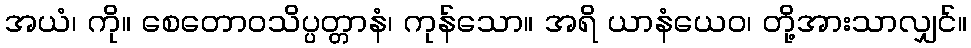
အယံ၊ ကို။ စေတောဝသိပ္ပတ္တာနံ၊ ကုန်သော။ အရိ ယာနံယေဝ၊ တို့အားသာလျှင်။